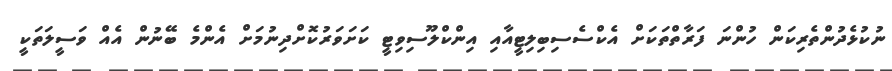
ނުކުޅެދުންތެރިކަން ހުންނަ ފަރާތްތަކަށް އެކްސެސިބިލިޓީއާއި އިންކްލޫސިވިޓީ ކަށަވަރުކޮށްދިނުމަށް އެންމެ ބޭނުން އެއް ވަސީލަތަކީ